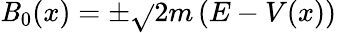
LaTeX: \mathit{B}_{0}(x)=\pm{\sqrt{}{{2m\left(E-V(x)\right)}}}